[Report on the health of British troops in the Madras command]
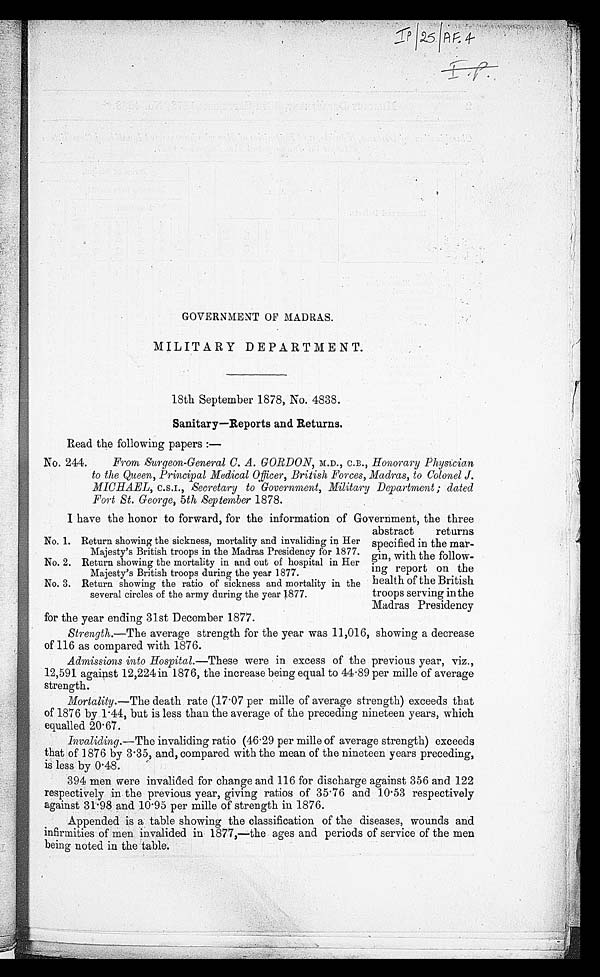
GOVERNMENT OF MADRAS.
MILITARY DEPARTMENT.
18th September 1878, No. 4838.
Sanitary—Reports and Returns.
Read the following papers :—
No. 244. From Surgeon-General C. A. GORDON, M.D., C.B., Honorary .Physician
to the Queen, Principal Medical Officer, British Forces, Madras, to Colonel J.
MICHAEL, C.S.I., Secretary to Government, Military Department ; dated
Fort St. George, 5th September 1878.
I have the honor to forward, for the information of Government, the three
abstract returns
specified in the mar
-gin, with the follow
-ing report on the
health of the British
troops serving in the
Madras Presidency
for the year ending 31st December 1877.
Strength.—The average strength for the year was 11,016, showing a decrease
of 116 as compared with 1876.
Admissions into Hospital.—These were in excess of the previous year, viz.,
12,591 against 12,224 in 1876, the increase being equal to 44 . 89 per mille of average
strength.
Mortality. —The death rate (17.07 per mille of average strength) exceeds that
of 1876 by 1.44, but is less than the average of the preceding nineteen years, which
equalled 20.67.
Invaliding.—The invaliding ratio (46.29 per mille of average strength) exceeds
that of 1876 by 3.35, and, compared with the mean of the nineteen years preceding,
is less by 0.48.
394 men were invalided for change and 116 for discharge against 356 and 122
respectively in the previous year, giving ratios of 35.76 and 10.53 respectively
against 31.98 and 10.95 per mille of strength in 1876.
Appended is a table showing the classification of the diseases, wounds and
infirmities of men invalided in 1877,—the ages and periods of service of the men
being noted in the table.
No. 1. Return showing the sickness, mortality and invaliding in Her
Majesty's British troops in the Madras Presidency for 1877.
No. 2. Return showing the mortality in and out of hospital in Her
Majesty's British troops during the year 1877.
No. 3. Return showing the ratio of sickness and mortality in the
several circles of the army during the year 1877.